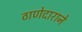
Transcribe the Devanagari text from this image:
ठाणेदाराने